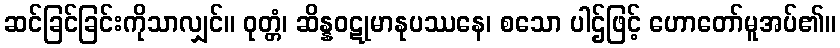
ဆင်ခြင်ခြင်းကိုသာလျှင်။ ဝုတ္တံ၊ ဆိန္နဝဋုမာနုပဿနေ၊ စသော ပါဌ်ဖြင့် ဟောတော်မူအပ်၏။